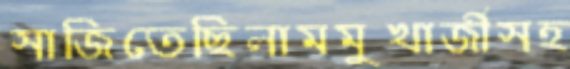
সাজিতেছিলামমুখার্জীসহ